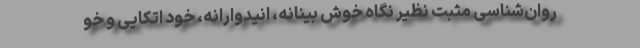
روان‌شناسی مثبت نظیر نگاه خوش بینانه، انیدوارانه، خود اتکایی و خو